Indian Civil Veterinary Department memoirs
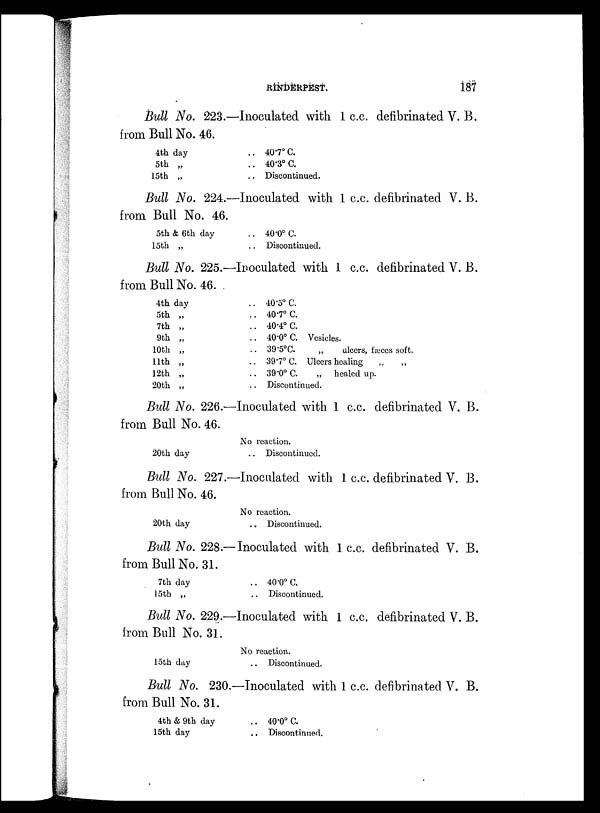
RINDERPEST.
187
Bull No. 223.—Inoculated with 1 c.c. defibrinated V. B.
from Bull No. 46.
4th day
5th „
15th „
.. 40.7º C.
.. 40.3º C.
.. Discontinued.
Bull No. 224.—Inoculated with 1 c.c. defibrinated V. B.
from Bull No. 46.
5th & 6th day
15th „
.. 40.0º C.
.. Discontinued.
Bull No. 225.—Inoculated with 1 c.c. defibrinated V. B.
from Bull No. 46.
4th day
5th „
7th „
9th „
10th „
11th „
12th „
20th „
.. 40.5º C.
.. 40.7º C.
.. 40.4º C.
.. 40.0º C. Vesicles.
.. 39.5ºC.
„
ulcers, fæces soft.
.. 39.7º C. Ulcers healing „ „
.. 39.0º C.
„ healed up.
.. Discontinued.
Bull No. 226.—Inoculated with 1 c.c. defibrinated V. B.
from Bull No. 46.
20th day
No reaction.
.. Discontinued.
Bull No. 227.—Inoculated with 1 c.c. defibrinated V. B.
from Bull No. 46.
20th day
No reaction.
.. Discontinued.
Bull No. 228.— Inoculated with 1 c.c. defibrinated V. B.
from Bull No. 31.
7th day
15th „
.. 40.0º C.
.. Discontinued.
Bull No. 229.—Inoculated with 1 c.c. defibrinated V. B.
from Bull No. 31.
15th day
No reaction.
.. Discontinued.
Bull No. 230.—Inoculated with 1 c.c. defibrinated V. B.
from Bull No. 31.
4th & 9th day
15th day
.. 40.0º C.
.. Discontinued.